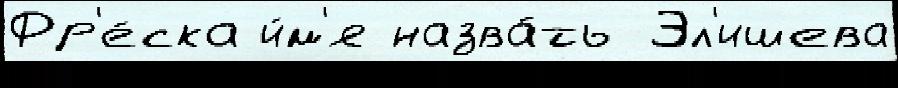
Фр'е́ска и́м'я назва́ть Эл'ишева